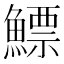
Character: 鰾